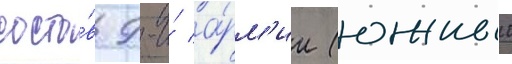
соста́в 9-и́ а́рм'ии (южныи